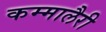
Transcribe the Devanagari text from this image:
कम्मालैरी